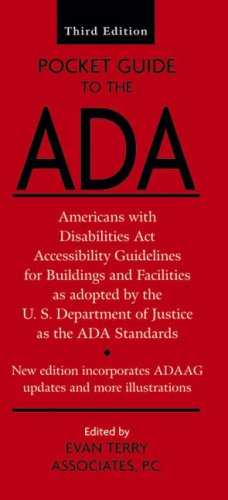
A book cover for Pocket Guide to the ADA: Americans with Disabilities Act Accessibility Guidelines for Buildings and Facilities; Law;